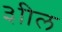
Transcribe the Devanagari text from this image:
३ाील